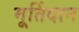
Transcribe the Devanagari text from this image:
मूर्तिदान